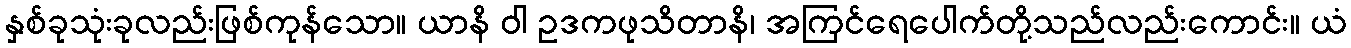
နှစ်ခုသုံးခုလည်းဖြစ်ကုန်သော။ ယာနိ ဝါ ဥဒကဖုသိတာနိ၊ အကြင်ရေပေါက်တို့သည်လည်းကောင်း။ ယံ